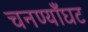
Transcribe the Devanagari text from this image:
चनण्याँघट